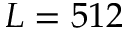
L = 5 1 2